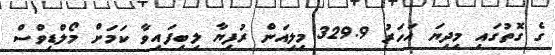
ގެ ގޮތުގައި މިދިޔަ އަހަރު 329.9 މިލިއަން ރުފިޔާ ލިބިފައިވާ ކަމަށް މޯލްޑިވްސް